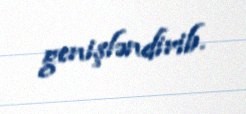
genişləndirib.